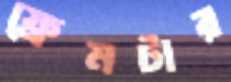
ফ্রেমটার